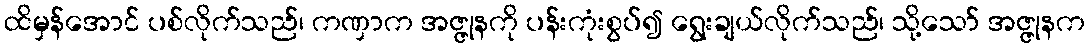
ထိမှန်အောင် ပစ်လိုက်သည်၊ ကဏှာက အဇ္ဇုနကို ပန်းကုံးစွပ်၍ ရွေးချယ်လိုက်သည်၊ သို့သော် အဇ္ဇုနက